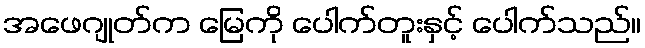
အဖေဂျုတ်က မြေကို ပေါက်တူးနှင့် ပေါက်သည်။